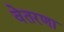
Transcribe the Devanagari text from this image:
वेतरणा